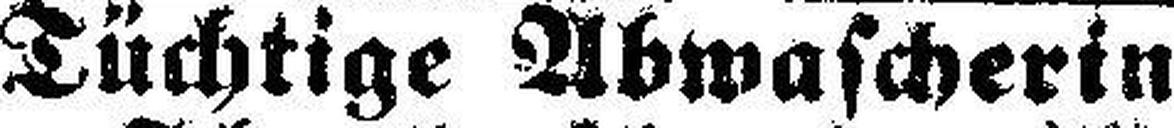
Tüchtige Abwascherin